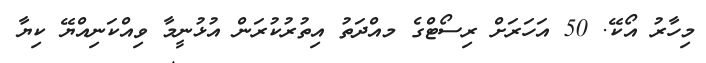
މިހާރު އޯކޭ. 50 އަހަރަށް ރިސޯޓްގެ މއްދަތު އިތުރުކުރަން އުޅުނީމާ ވިއްކަނިއްޔޭ ކިޔާ